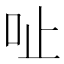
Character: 𠯽